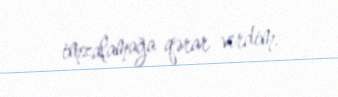
imzalamağa qərar verdim.